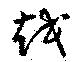
越